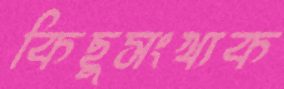
কিছুসংখ্যক